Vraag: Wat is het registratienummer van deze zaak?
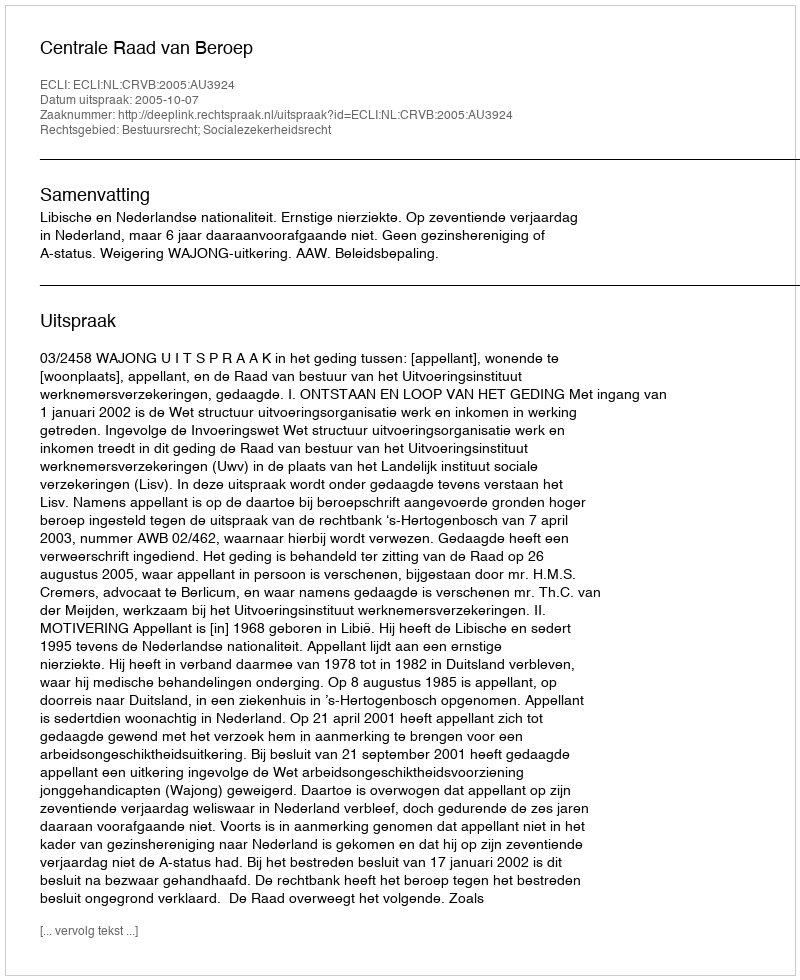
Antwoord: http://deeplink.rechtspraak.nl/uitspraak?id=ECLI:NL:CRVB:2005:AU3924